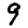
Digit: 9